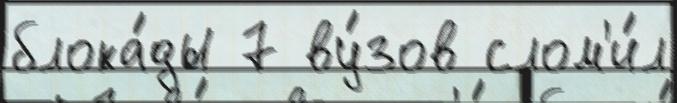
блока́ды 7 ву́зов слом'и́л